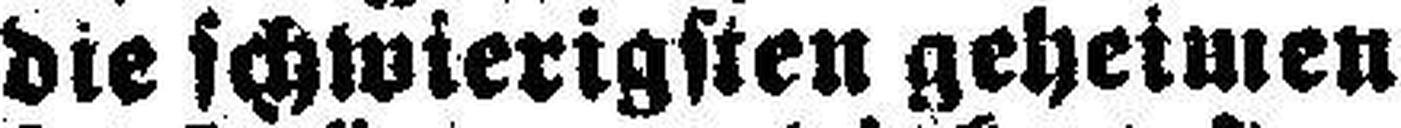
die schwierigsten geheimen